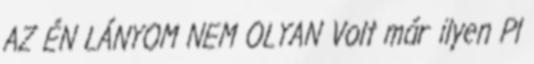
AZ ÉN LÁNYOM NEM OLYAN Volt már ilyen Pl